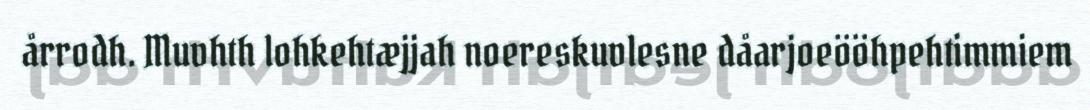
årrodh. Muvhth lohkehtæjjah noereskuvlesne dåarjoeööhpehtimmiem